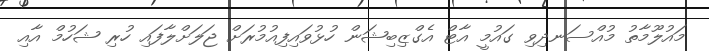
މައުލޫމާތު މުއްސަނދިވި ގައުމީ އާޓް އެގްޒިބިޝަން ހުޅުވައިފިއުމުރަށް ޖަލަށްލާފައި ހުރި ޝަހުމް އާއި